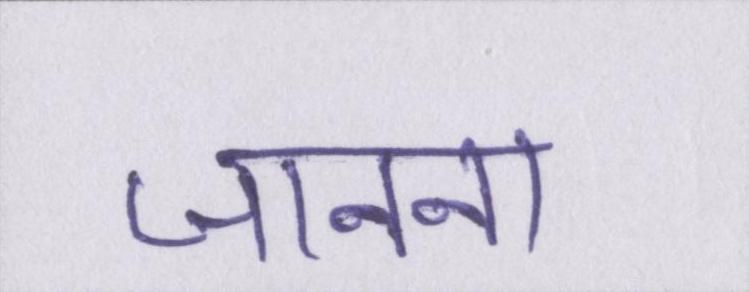
जानना